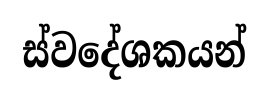
ස්වදේශකයන්